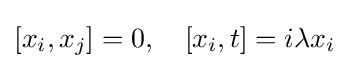
[x_{i},x_{j}]=0,\quad [x_{i},t]=i\lambda x_{i}